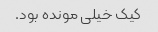
کیک خیلی مونده بود.